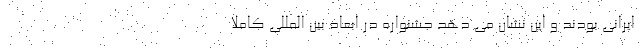
ایرانی بودند و این نشان می دهد جشنواره در ابعاد بین المللی کاملا